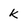
Character: k